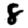
Digit: 8